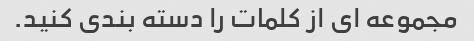
مجموعه ای از کلمات را دسته بندی کنید.